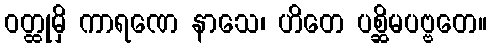
ဝတ္ထုမှိ ကာရဏေ နာသေ၊ ဟိတေ ပစ္ဆိမပဗ္ဗတေ။